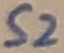
Text: S2